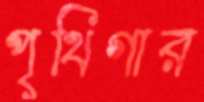
পৃথিগার